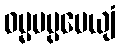
ဓမ္မမပ္ပမေယျံ